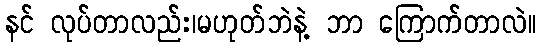
နင် လုပ်တာလည်း၊မဟုတ်ဘဲနဲ့ ဘာ ကြောက်တာလဲ။